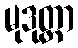
မုဒုတ္တာ